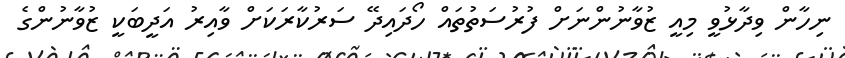
ނިހާން ވިދާޅުވީ މިއީ ޒުވާނުންނަށް ފުރުސަތުތައް ހޯދައިދޭ ސަރުކާރަކަށް ވާއިރު އަދީބަކީ ޒުވާނުންގެ